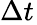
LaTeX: \Delta t_{}